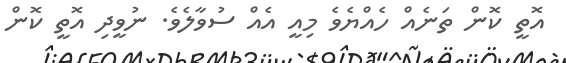
އޮތީ ކޮން ތަނެއް ހެއްޔެވެ މިއީ އެއް ސުވާލެވެ. ނުވީދި އޮތީ ކޮން